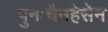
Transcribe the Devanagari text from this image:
पुनःचैनहेसेन